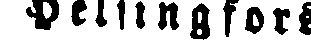
Helsingfors